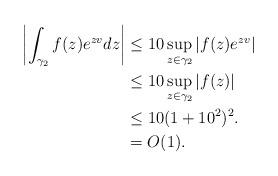
LaTeX: \begin{align*} \left|\int_{\gamma_2}f(z)e^{zv}dz\right| &\leq 10\sup_{z\in\gamma_2}|f(z)e^{zv}|\\ &\leq 10\sup_{z \in \gamma_2}|f(z)|\\ &\leq 10(1+10^2)^2.\\ &=O(1). \end{align*}